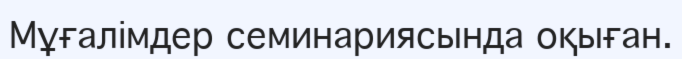
Мұғалімдер семинариясында оқыған.